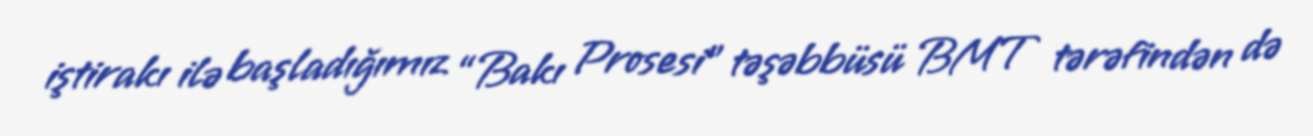
iştirakı ilə başladığımız “Bakı Prosesi” təşəbbüsü BMT tərəfindən də